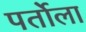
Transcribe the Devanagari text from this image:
पर्तोला